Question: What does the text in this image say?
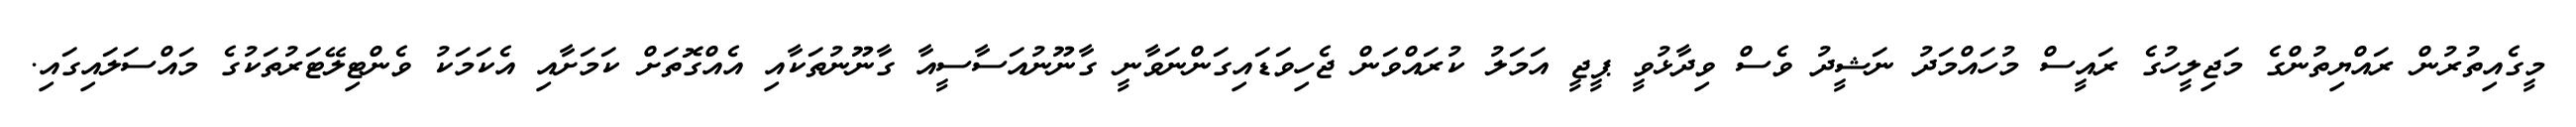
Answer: މީގެއިތުރުން ރައްޔިތުންގެ މަޖިލީހުގެ ރައީސް މުހައްމަދު ނަޝީދު ވެސް ވިދާޅުވީ ޕީޖީ އަމަލު ކުރައްވަން ޖެހިވަޑައިގަންނަވާނީ ގާނޫނުއަސާސީއާ ގާނޫނުތަކާއި އެއްގޮތަށް ކަމަށާއި އެކަމަކު ވެންޓިލޭޓަރުތަކުގެ މައްސަލައިގައި.